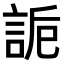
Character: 𧧊